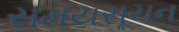
સમયસૂચન